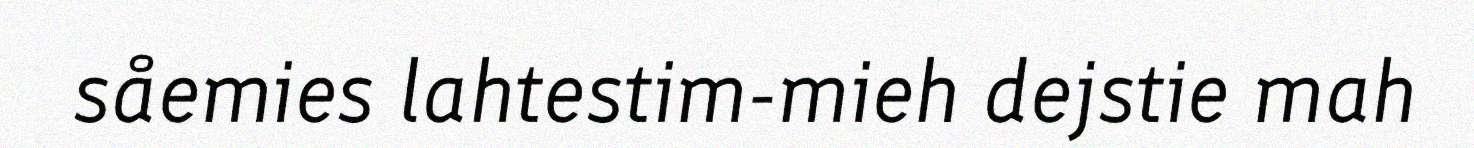
såemies lahtestim-mieh dejstie mah